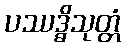
ပဿဒ္ဓိသုတ္တံ